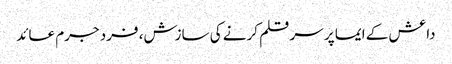
داعش کے ایما پر سر قلم کرنے کی سازش، فرد جرم عائد